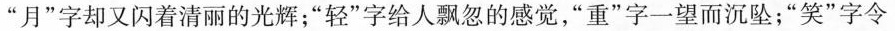
”月”字却又闪着清丽的光辉；”轻”字给人飘忽的感觉，”重”字一望而沉坠；”笑”字令